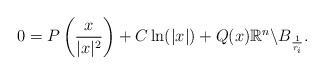
\begin{align*}0=P\left(\frac{x}{|x|^2}\right)+C \ln(|x|)+Q(x) \mathbb{R}^n\backslash B_{\frac{1}{r_i}}.\end{align*}